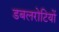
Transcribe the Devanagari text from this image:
डबलरोटियों